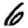
Digit: 6